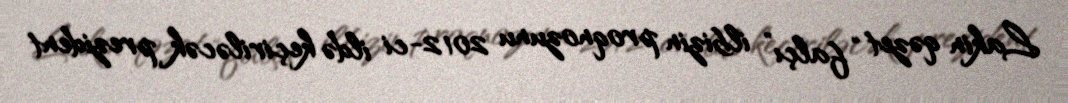
Lakin qəzet “falçı” ilbizin proqnozunu 2012-ci ildə keçiriləcək prezident